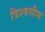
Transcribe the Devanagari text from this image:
विश्वसीय